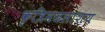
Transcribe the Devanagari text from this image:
कृत्रिमजलाशय